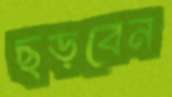
ছড়বেন